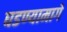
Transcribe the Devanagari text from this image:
घडण्यामागे